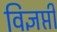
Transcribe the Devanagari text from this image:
विज्ञप्ती